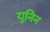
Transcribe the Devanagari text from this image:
युनिन